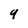
Character: 9